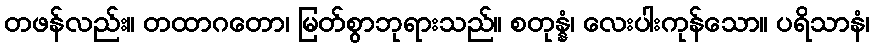
တဖန်လည်း။ တထာဂတော၊ မြတ်စွာဘုရားသည်။ စတုန္နံ၊ လေးပါးကုန်သော။ ပရိသာနံ၊